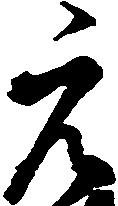
元